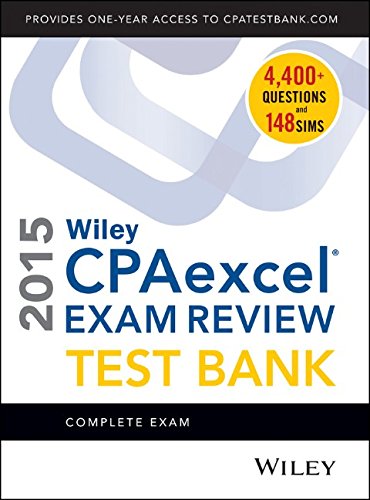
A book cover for Wiley CPAexcel Exam Review 2015 Test Bank: Complete Exam; O. Ray Whittington; Test Preparation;